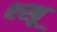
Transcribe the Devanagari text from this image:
श्खू